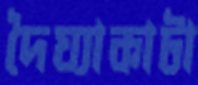
দৈঘ্যাকাটা